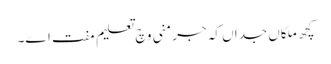
کچھ ملکاں جداں کہ جرمنی وچ تعلیم مفت ا‏‏ے۔